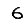
Digit: 6